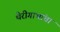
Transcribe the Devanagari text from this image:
थेरीगाथांचा